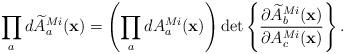
LaTeX: \begin{align*}\prod_a d\widetilde{A}_a^{Mi}({\bf x})=\left(\prod_a dA_a^{Mi}({\bf x})\right)\det\left\{{\partial\widetilde{A}_b^{Mi}({\bf x})\over\partial A_c^{Mi}({\bf x})}\right\}.\end{align*}